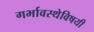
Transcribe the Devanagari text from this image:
गर्भावस्थेविषयी